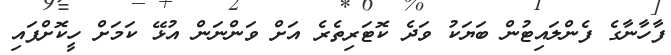
ފާހާނާގެ ފެންލައިޓުން ބަޔަކު ވަދެ ކޮޓަރިތެރެ އަށް ވަންނަން އުޅޭ ކަމަށް ހީކޮށްފައި